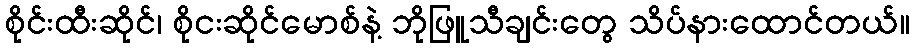
စိုင်းထီးဆိုင်၊ စိုငးဆိုင်မောစ်နဲ့ ဘိုဖြူသီချင်းတွေ သိပ်နားထောင်တယ်။